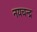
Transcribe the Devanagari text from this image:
नयचन्द्र